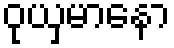
ဝုယှမာနော